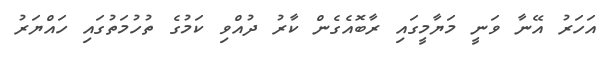
އަހަރު އޭނާ ވަނީ މަޔާމީގައި ރާބޮއެގެން ކާރު ދުއްވި ކަމުގެ ތުހުމަތުގައި ހައްޔަރު